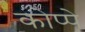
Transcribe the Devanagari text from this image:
कोप्पे